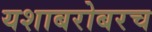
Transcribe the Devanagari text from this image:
यशाबरोबरच